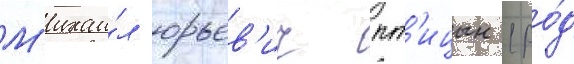
М'ихаи́л юрьев'ич пт'ицын (ро́д